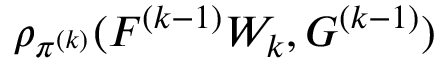
\rho _ { \pi ^ { ( k ) } } ( F ^ { ( k - 1 ) } W _ { k } , G ^ { ( k - 1 ) } )